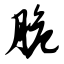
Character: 脆